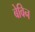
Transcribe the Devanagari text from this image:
बेविन